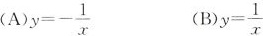
$$)y=- \frac{1}{x}$$ (B) $$y= \frac{1}{x}$$